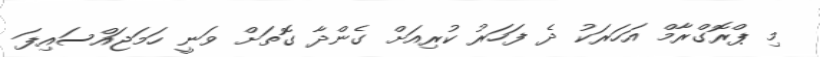
މި ޕްރޮގްރާމް އަހަރަކު ދެ ފަހަރު ކުރިއަށް ގެންދާ ގޮތަށް ވަނީ ހަމަޖައްސައިފަ